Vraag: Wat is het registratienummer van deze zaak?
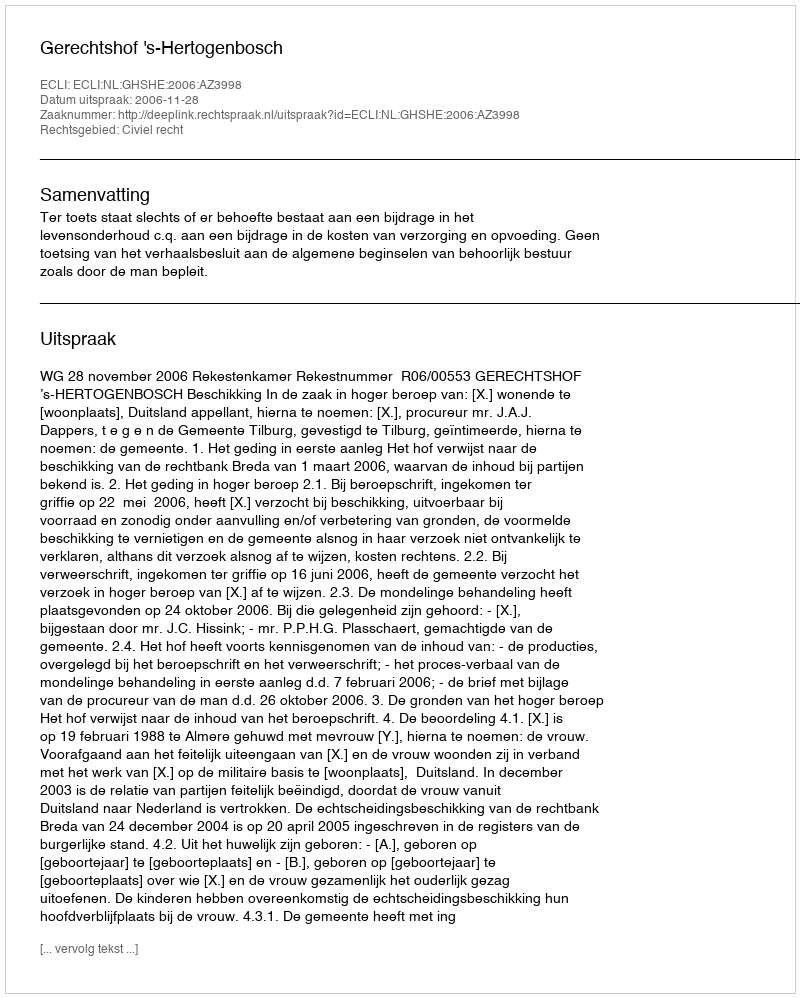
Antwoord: http://deeplink.rechtspraak.nl/uitspraak?id=ECLI:NL:GHSHE:2006:AZ3998